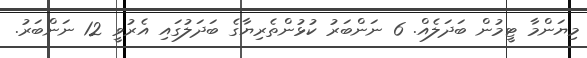
މިޔަންމާ ޓީމުން ބަދަލެއް. 6 ނަންބަރު ކުޅުންތެރިޔާގެ ބަދަލުގައި އެރުވީ 12 ނަންބަރު.